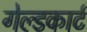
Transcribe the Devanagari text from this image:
गेल्डकार्ट